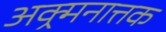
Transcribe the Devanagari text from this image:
अक्र्मनात्तक